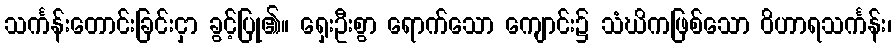
သင်္ကန်းတောင်းခြင်းငှာ ခွင့်ပြု၏။ ရှေးဦးစွာ ရောက်သော ကျောင်း၌ သံဃိကဖြစ်သော ဝိဟာရသင်္ကန်း၊